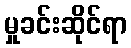
မှုခင်းဆိုင်ရာ